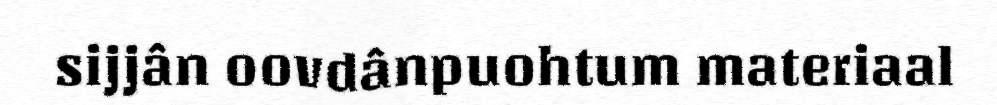
sijjân oovdânpuohtum materiaal